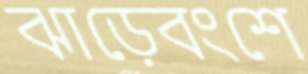
ঝাড়েবংশে